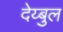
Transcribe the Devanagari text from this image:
देय्बुल